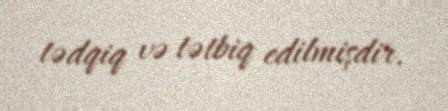
tədqiq və tətbiq edilmişdir.